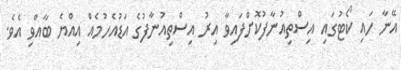
އޭނާ ހައި ކޯޓުގައި އިސްތިއުނާފުކޮށްފައިވާ އިރު އިސްތިއުނާފުގެ އަޑުއެހުމެއް އިއްޔެ ބާއްވި އެވެ.